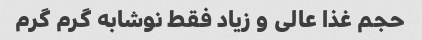
حجم غذا عالی و زیاد فقط نوشابه گرم گرم